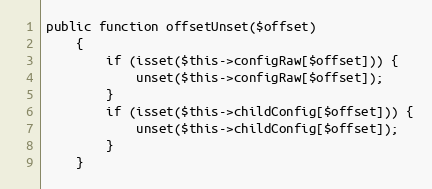
Language: PHP
public function offsetUnset($offset)
    {
        if (isset($this->configRaw[$offset])) {
            unset($this->configRaw[$offset]);
        }
        if (isset($this->childConfig[$offset])) {
            unset($this->childConfig[$offset]);
        }
    }